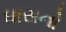
ઘાસનો